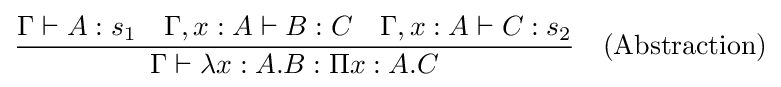
{\frac {\Gamma \vdash A:s_{1}\quad \Gamma ,x:A\vdash B:C\quad \Gamma ,x:A\vdash C:s_{2}}{\Gamma \vdash \lambda x:A.B:\Pi x:A.C}}\quad {\text{(Abstraction)}}